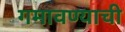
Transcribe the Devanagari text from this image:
गमावण्याची